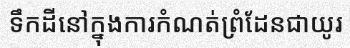
ទឹកដីនៅក្នុងការកំណត់ព្រំដែនជាយូរ